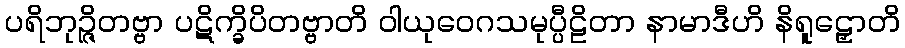
ပရိဘုဉ္ဇိတဗ္ဗာ ပဋိက္ခိပိတဗ္ဗာတိ ဝါယုဝေဂသမုပ္ပီဠိတာ နာမာဒီဟိ နိရူဠှောတိ